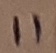
Text: 11